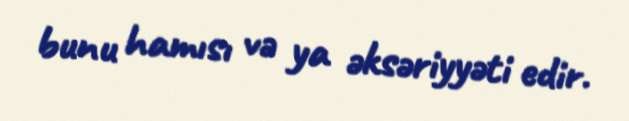
bunu hamısı və ya əksəriyyəti edir.